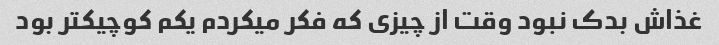
غذاش بدک نبود وقت از چیزی که فکر میکردم یکم کوچیکتر بود